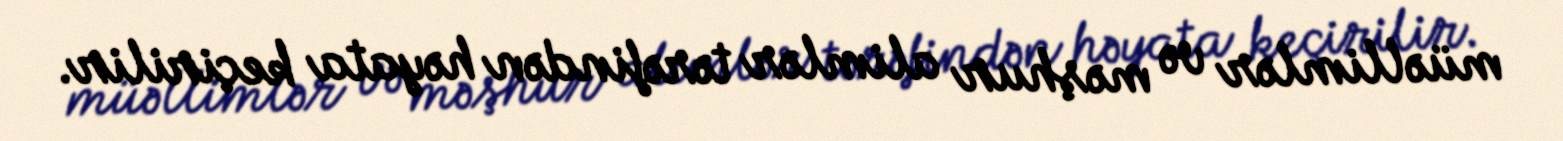
müəllimlər və məşhur alimlər tərəfindən həyata keçirilir.